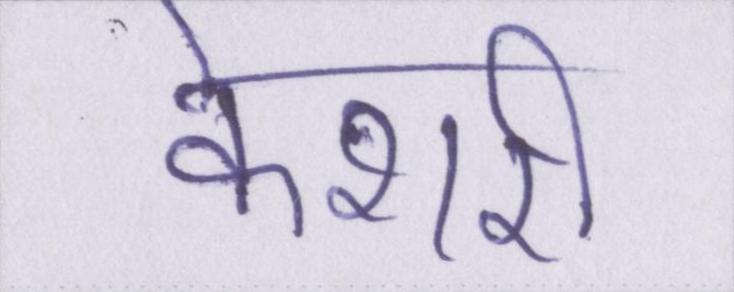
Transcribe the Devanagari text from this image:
केशरी